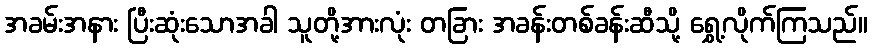
အခမ်းအနား ပြီးဆုံးသောအခါ သူတို့အားလုံး တခြား အခန်းတစ်ခန်းဆီသို့ ရွှေ့လိုက်ကြသည်။